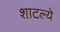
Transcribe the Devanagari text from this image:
शाटल्ये